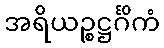
အရိယဉ္စဋ္ဌင်္ဂိကံ